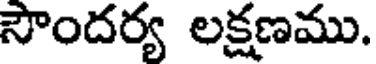
సౌందర్య లక్షణము.